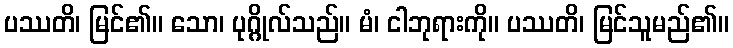
ပဿတိ၊ မြင်၏။ သော၊ ပုဂ္ဂိုလ်သည်။ မံ၊ ငါဘုရားကို။ ပဿတိ၊ မြင်သူမည်၏။